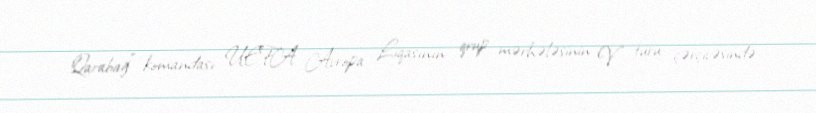
Qarabağ" komandası UEFA Avropa Liqasının qrup mərhələsinin V turu çərçivəsində